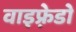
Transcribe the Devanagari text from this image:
वाइफ़्रेडो